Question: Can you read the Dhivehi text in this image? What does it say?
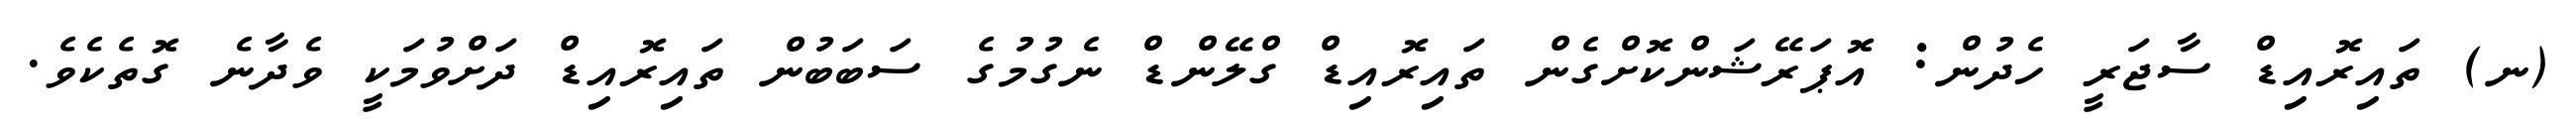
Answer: (ނ) ތައިރޮއިޑް ސާޖަރީ ހެދުން: އޮޕަރޭޝަންކޮށްގެން ތައިރޮއިޑް ގްލޭންޑް ނެގުމުގެ ސަބަބުން ތައިރޮއިޑް ދަށްވުމަކީ ވެދާނެ ގޮތެކެވެ.